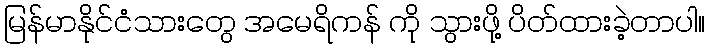
မြန်မာနိုင်ငံသားတွေ အမေရိကန် ကို သွားဖို့ ပိတ်ထားခဲ့တာပါ။